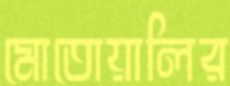
মোতোয়ালির